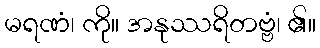
မရဏံ၊ ကို။ အနုဿရိတဗ္ဗံ၊ ၏။